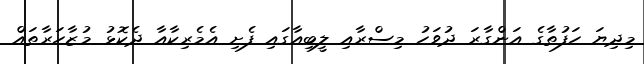
މިދިޔަ ހަފުތާގެ އަންގާރަ ދުވަހު މިސްރާއި ލީބިއާގައި ފެށި އެމެރިކާއާ ދެކޮޅު މުޒާހަރާތައް